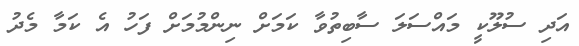
އަދި ސުލޫކީ މައްސަލަ ސާބިތުވާ ކަމަށް ނިންމުމަށް ފަހު އެ ކަމާ މެދު